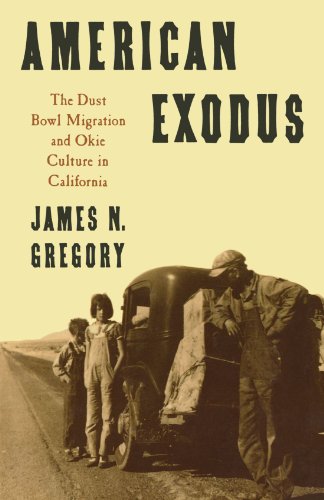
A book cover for American Exodus: The Dust Bowl Migration and Okie Culture in California; James N. Gregory; History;